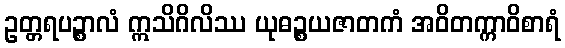
ဥတ္တရပဉ္စာလံ ဣသိဂိလိဿ ယုဓဉ္စယဇာတကံ အဝိတက္ကာဝိစာရံ